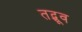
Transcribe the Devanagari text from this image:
तद्भूव